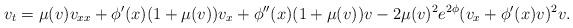
LaTeX: \begin{align*}v_t = \mu(v) v_{xx} + \phi'(x) (1+\mu(v)) v_x + \phi''(x)(1+\mu(v))v - 2\mu(v)^2 e^{2\phi} (v_x + \phi'(x)v)^2 v.\end{align*}